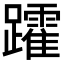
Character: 𮜩